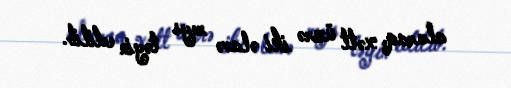
alaraq, xətt üzrə iki əlavə reys təyin edilib.